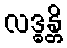
လဒ္ဓန္တိ